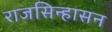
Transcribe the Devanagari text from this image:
राजसिन्हासन